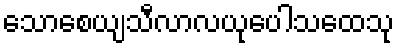
သောစေယျသီလာလယုပေါသထေသု